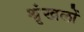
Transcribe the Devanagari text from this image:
श्रृंखलों